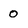
Character: 0